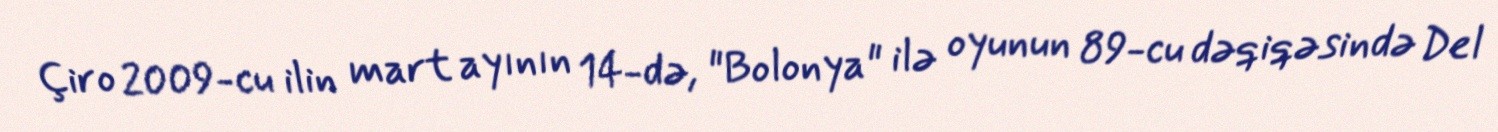
Çiro 2009-cu ilin mart ayının 14-də, "Bolonya" ilə oyunun 89-cu dəqiqəsində Del